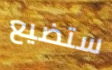
ستضيع